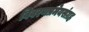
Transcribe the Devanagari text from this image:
विवरणप्रमेयसंग्रह